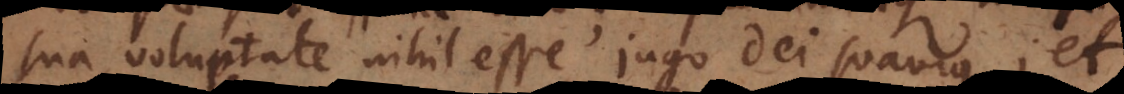
sua voluptate nihil esse jugo Dei suavius; et